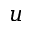
u